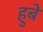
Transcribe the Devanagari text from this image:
हुबे